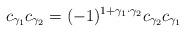
LaTeX: \begin{align*}c_{\gamma_1} c_{\gamma_2} = (-1)^{1 + \gamma_1 \cdot \gamma_2} c_{\gamma_2} c_{\gamma_1}\end{align*}